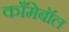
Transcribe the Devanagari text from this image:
काँमेबॉल